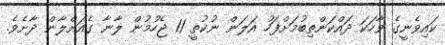
ކައިވެނީގެ ވާހަކަ ދައްކަންތިބުމަށްފަހު އަލަން ނުކުތީ 11 ޖެހުމުން ލާނާ ގެއަށްލާން ދާށެވެ.